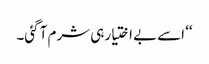
‘‘ اسے بے اختیار ہی شرم آ گئی۔